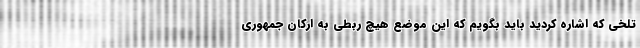
تلخی که اشاره کردید باید بگویم که این موضع هیچ ربطی به ارکان جمهوری